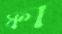
ফা